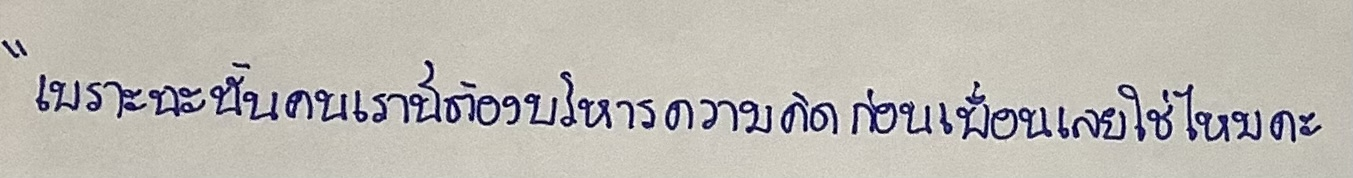
"เพราะฉะนั้นคนเรานี่ต้องบริหารความคิดก่อนเพื่อนเลยใช่ไหมคะ